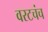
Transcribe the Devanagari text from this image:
वरटचंच